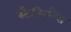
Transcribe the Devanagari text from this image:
स्टैनिस्लैस